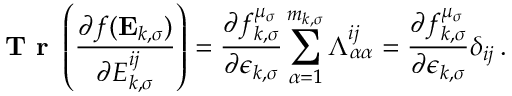
\textbf { T r } \left( \frac { \partial f ( \mathbf { E } _ { k , \sigma } ) } { \partial { E } _ { k , \sigma } ^ { i j } } \right) = \frac { \partial f _ { k , \sigma } ^ { \mu _ { \sigma } } } { \partial \epsilon _ { k , \sigma } } \sum _ { \alpha = 1 } ^ { m _ { k , \sigma } } \Lambda _ { \alpha \alpha } ^ { i j } = \frac { \partial f _ { k , \sigma } ^ { \mu _ { \sigma } } } { \partial \epsilon _ { k , \sigma } } \delta _ { i j } \, .